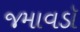
જમાવડૉ